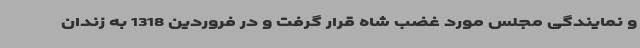
و نمایندگی مجلس مورد غضب شاه قرار گرفت و در فروردین 1318 به زندان